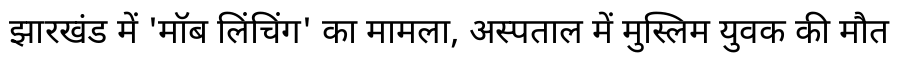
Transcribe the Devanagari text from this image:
झारखंड में 'मॉब लिंचिंग' का मामला, अस्पताल में मुस्लिम युवक की मौत